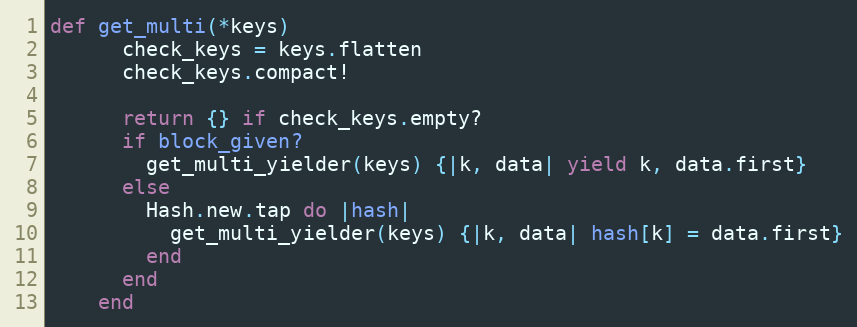
Language: Ruby
def get_multi(*keys)
      check_keys = keys.flatten
      check_keys.compact!

      return {} if check_keys.empty?
      if block_given?
        get_multi_yielder(keys) {|k, data| yield k, data.first}
      else
        Hash.new.tap do |hash|
          get_multi_yielder(keys) {|k, data| hash[k] = data.first}
        end
      end
    end